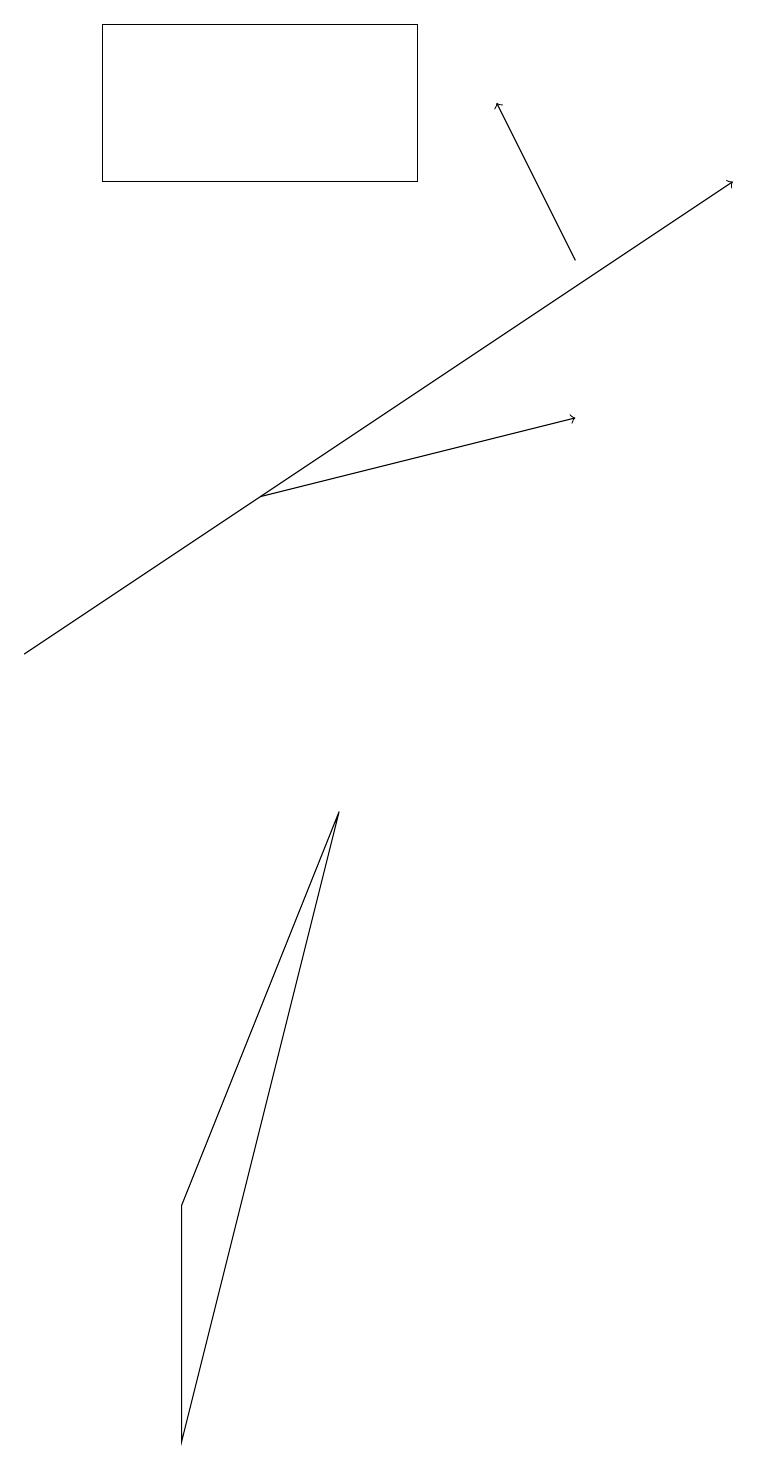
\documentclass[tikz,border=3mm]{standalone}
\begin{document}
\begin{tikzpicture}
\draw (1,19) rectangle (5,17);
\draw (2,4) -- (2,1) -- (4,9) -- cycle;
\draw[->] (7,16) -- (6,18);
\draw[->] (3,13) -- (7,14);
\draw[->] (0,11) -- (9,17);
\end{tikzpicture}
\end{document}